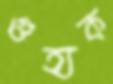
গুহ্যক